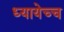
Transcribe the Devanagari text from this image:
ध्यायेच्च